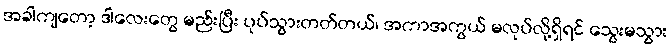
အခါကျတော့ ဒါလေးတွေ မည်းပြီး ပုပ်သွားတတ်တယ်၊ အကာအကွယ် မလုပ်လို့ရှိရင် သွေးမသွား